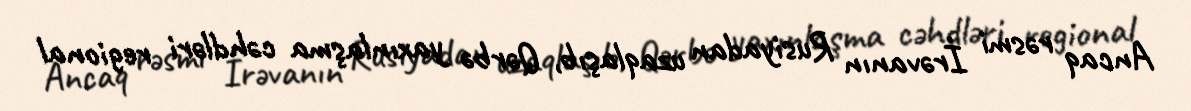
Ancaq rəsmi İrəvanın Rusiyadan uzaqlaşıb, Qərbə yaxınlaşma cəhdləri regional